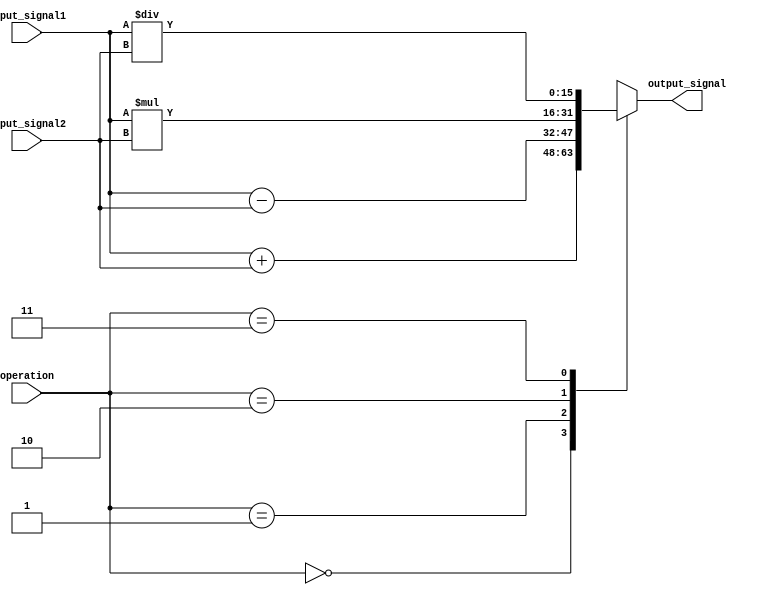
module fixed_point_converter(
    input signed [15:0] input_signal1,
    input signed [15:0] input_signal2,
    input [1:0] operation, // 00 - addition, 01 - subtraction, 10 - multiplication, 11 - division
    output reg signed [15:0] output_signal
);

always @(*)
begin
    case(operation)
        2'b00: output_signal = input_signal1 + input_signal2;
        2'b01: output_signal = input_signal1 - input_signal2;
        2'b10: output_signal = input_signal1 * input_signal2;
        2'b11: output_signal = input_signal1 / input_signal2;
    endcase
end

endmodule